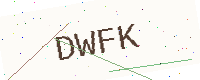
Text: DWFK